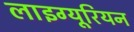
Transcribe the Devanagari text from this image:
लाइग्यूरियन